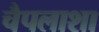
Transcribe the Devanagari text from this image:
चैपलाशा